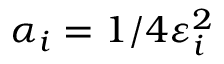
\alpha _ { i } = 1 / 4 \varepsilon _ { i } ^ { 2 }